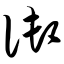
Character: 御